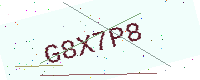
Text: G8X7P8